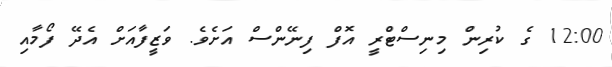
12:00 ގެ ކުރިން މިނިސްޓްރީ އޮފް ފިނޭންސް އަށެވެ. ވަޒީފާއަށް އެދޭ ފޯމާއި